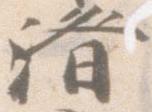
済